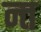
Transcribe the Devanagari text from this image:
न्त